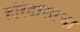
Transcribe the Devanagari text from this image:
हरिदासाचा